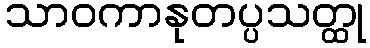
သာဝကာနုတပ္ပသတ္ထု